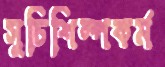
সুচিশিল্পকর্ম